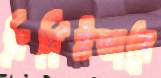
নির্দিষ্টভাবে